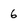
Character: 6